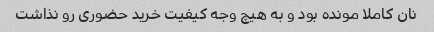
نان کاملا مونده بود و به هیچ وجه کیفیت خرید حضوری رو نذاشت